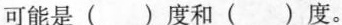
可能是()度和()度。